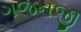
ગજનજી